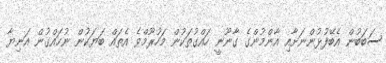
ސަބަބުން އެބޭފުޅުންނަށާއި އާންމުންގެ ގާނޫނީ ހައްގުތަކުން މަހުރޫމްވެ އެތައް ބަޔަކުން ނުހައްގުން އަނިޔާ